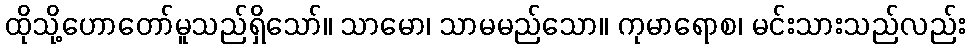
ထိုသို့ဟောတော်မူသည်ရှိသော်။ သာမော၊ သာမမည်သော။ ကုမာရောစ၊ မင်းသားသည်လည်း